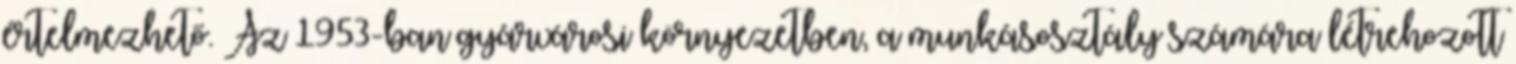
értelmezhető. Az 1953-ban gyárvárosi környezetben, a munkásosztály számára létrehozott